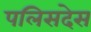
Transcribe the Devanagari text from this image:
पलिसदेस